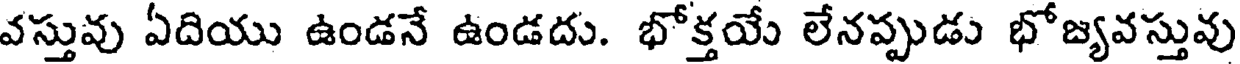
వస్తువు ఏదియు ఉండనే ఉండదు. భోక్తయే లేనప్పుడు భోజ్యవస్తువు